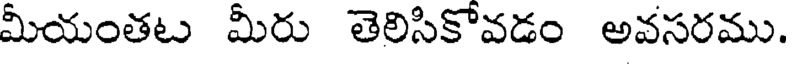
మీయంతట మీరు తెలిసికొవడం అవసరము.